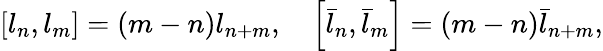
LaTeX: \left[l_{n},l_{m}\right]=(m-n)l_{n+m},\, \, \, \, \, \, \left[\bar{l}_{n},\bar{l}_{m}\right]=(m-n)\bar{l}_{n+m},